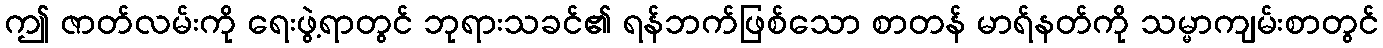
ဤ ဇာတ်လမ်းကို ရေးဖွဲ့ရာတွင် ဘုရားသခင်၏ ရန်ဘက်ဖြစ်သော စာတန် မာရ်နတ်ကို သမ္မာကျမ်းစာတွင်